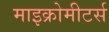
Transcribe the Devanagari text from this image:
माइक्रोमीटर्स